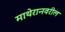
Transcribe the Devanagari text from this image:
माथेरानवरील